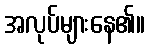
အလုပ်များနေ၏။